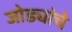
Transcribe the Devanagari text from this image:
जोड्यांचे